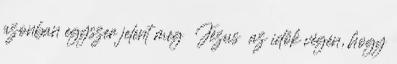
azonban egyszer jelent meg Jézus az idők végén, hogy